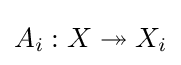
A_{i}:X\twoheadrightarrow X_{i}